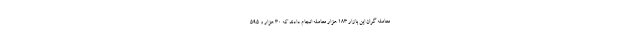
معامله گران این بازار ۱۸۳ هزار معامله انجام دادند که ۳۰ هزار و ۵۹۵